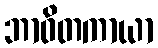
ဘာဝိတကာယာ